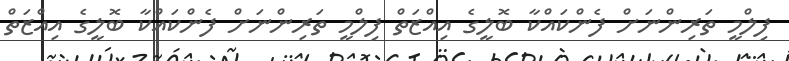
ފިލްމީ ތަރިންނަށް ފެންކައްކާ ބޮލީގެ އިއްޒަތް ފިލްމީ ތަރިންނަށް ފެންކައްކާ ބޮލީގެ އިއްޒަތް